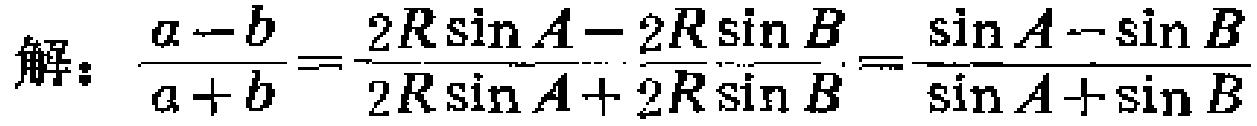
解：$\frac{a - b}{a + b}=\frac{2R\sin A - 2R\sin B}{2R\sin A + 2R\sin B}=\frac{\sin A - \sin B}{\sin A + \sin B}$